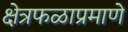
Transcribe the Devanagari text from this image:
क्षेत्रफळाप्रमाणे